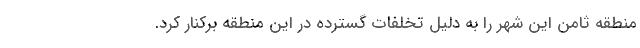
منطقه ثامن این شهر را به دلیل تخلفات گسترده در این منطقه برکنار کرد.